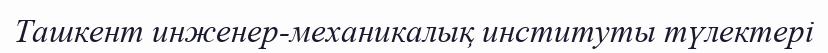
Ташкент инженер-механикалық институты түлектері